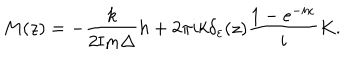
LaTeX: M ( z ) = - \frac { k } { 2 { \mathrm { I m } } \Delta } h + 2 \pi i k \delta _ { \varepsilon } ( z ) \frac { 1 - e ^ { - i x } } { i } K .